Report of the Bombay Plague Committee
Disease focus: Plague
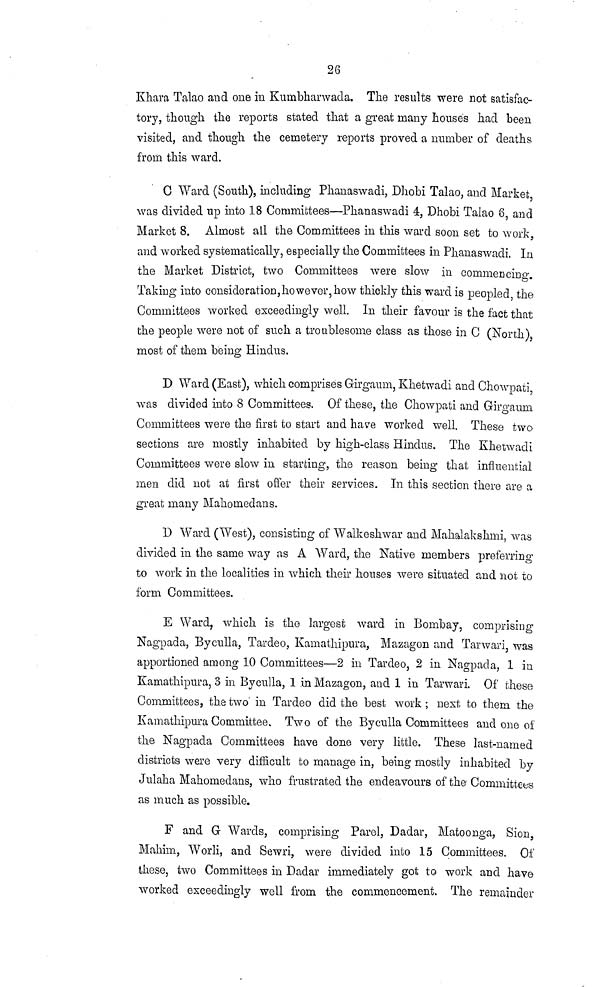
26
Khara Talao and one in Kumbharwada. The results were not satisfac-
tory, though the reports stated that a great many houses had been
visited, and though the cemetery reports proved a number of deaths
from this ward.
G Ward (South), including Phanaswadi, Dhobi Talao, and Market
was divided up into 18 Committees—Phanaswadi 4, Dhobi Talao 8, and
Market 8. Almost all the Committees in this ward soon set to work
and worked systematically, especially the Committees in Phanaswadi. In
the Market District, two Committees were slow in commencing
Taking into consideration, however, how thickly this ward is peopled the
Committees worked exceedingly well. In their favour is the fact that
the people were not of such a troublesome class as those in C (North)
most of them being Hindus.
D Ward (East), which comprises Girgaum, Khetwadi and Chowpati
was divided into 8 Committees. Of these, the Chowpati and Girammi
Committees were the first to start and have worked well. These two
sections are mostly inhabited by high-class Hindus. The Khetwadi
Committees were slow in starting, the reason being that influential
men did not at first offer their services. In this section there are a
great many Mahomed ans.
D Ward (West), consisting of Walkeshwar and Mahalakshmi, was
divided in the same way as A Ward, the Native members preferring 1
to work in the localities in which their houses were situated and not to
form Committees.
E Ward, which is the largest ward in Bombay, comprising
Nagpada, Byculla, Tardeo, Kamathipura, Mazagon and Tarwari, was
apportioned among 10 Committees—2 in Tardeo, 2 in Nagpada, 1 in
Kamathipura, 3 in Byculla, 1 in Mazagon, and 1 in Tarwari. Of these
Committees, the two in Tardeo did the best work ; next to them the
Kamathipura Committee. Two of the Byculla Committees and one of
the Nagpada Committees have done very little. These last-named
districts were very difficult to manage in, being mostly inhabited by
Julaha Mahomedans, who frustrated the endeavours of the Committees
as much as possible.
F and G Wards, comprising Parel, Dadar, Matoonga, Sion,
Mahim, Worli, and Sewri, were divided into 15 Committees. Of
these, two Committees in Dadar immediately got to work and have
worked exceedingly well from the commencement. The remainder